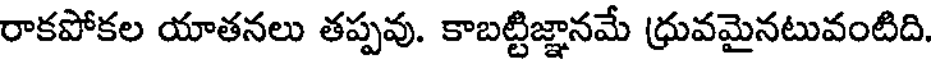
రాకపోకల యాతనలు తప్పవు. కాబట్టిజ్ఞానమే ధ్రువమైనటువంటిది.